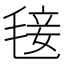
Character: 𣮍